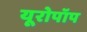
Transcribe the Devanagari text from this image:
यूरोपॉप